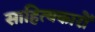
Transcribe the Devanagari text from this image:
साहित्‍यकारों